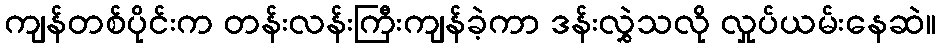
ကျန်တစ်ပိုင်းက တန်းလန်းကြီးကျန်ခဲ့ကာ ဒန်းလွှဲသလို လှုပ်ယမ်းနေဆဲ။